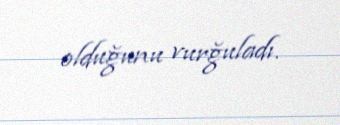
olduğunu vurğuladı.